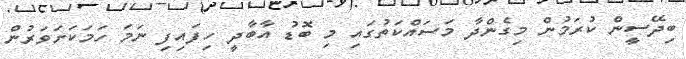
ބިދޭސީން ކުރަމުން މިގެންދާ މަސައްކަތުގައި މި ބޮޑު އާބާދީ ހިފައިފި ނަމަ ހަމަކަށަވަރުން